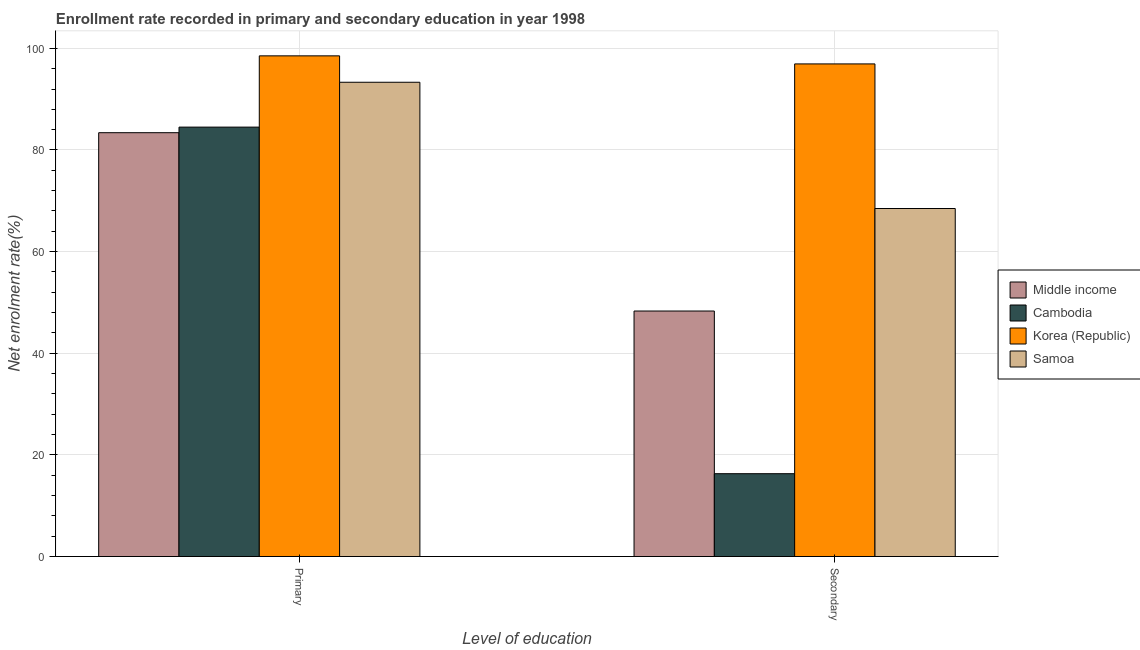
| Level of education | Middle income | Cambodia | Korea (Republic) | Samoa |
 | --- | --- | --- | --- | --- |
 | Primary | 83.4 | 84.5 | 98.5 | 93.3 |
 | Secondary | 48.3 | 16.3 | 96.9 | 68.5 |